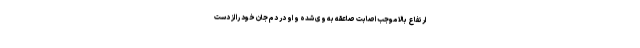
ارتفاع بالا موجب اصابت صاعقه به وی شده و او در دم جان‌ خود را از دست